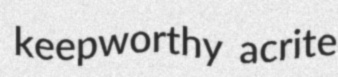
keepworthy acrite